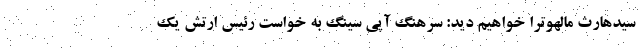
سیدهارث مالهوترا خواهیم دید: سرهنگ آپی سینگ به خواست رئیس ارتش یک